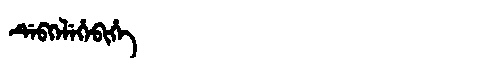
Manchu: ᡩᡝᠪᡴᡝᠯᡝᡥᡝᠪᡳᡥᡝ
Romanization: DEBKELEHEBIHE